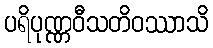
ပရိပုဏ္ဏဝီသတိဝဿာသိ